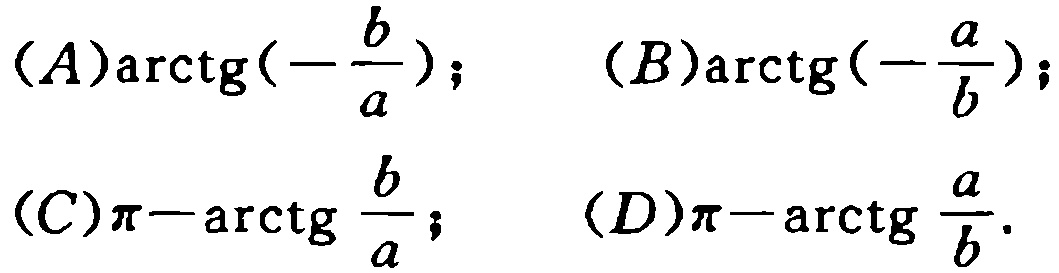
$(A)\arctg(-\frac{b}{a});\ \ (B)\arctg(-\frac{a}{b});\\
(C)\pi - \arctg\frac{b}{a};\ \ (D)\pi - \arctg\frac{a}{b}.$